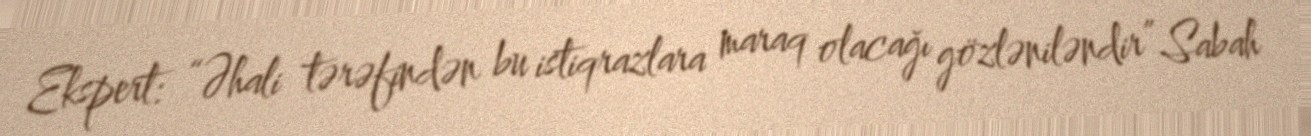
Ekspert: “Əhali tərəfindən bu istiqrazlara maraq olacağı gözləniləndir” Sabah